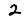
Digit: 2